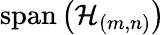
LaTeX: \operatorname{span}\left(\mathcal{H}_{\left(m,n\right)}\right)